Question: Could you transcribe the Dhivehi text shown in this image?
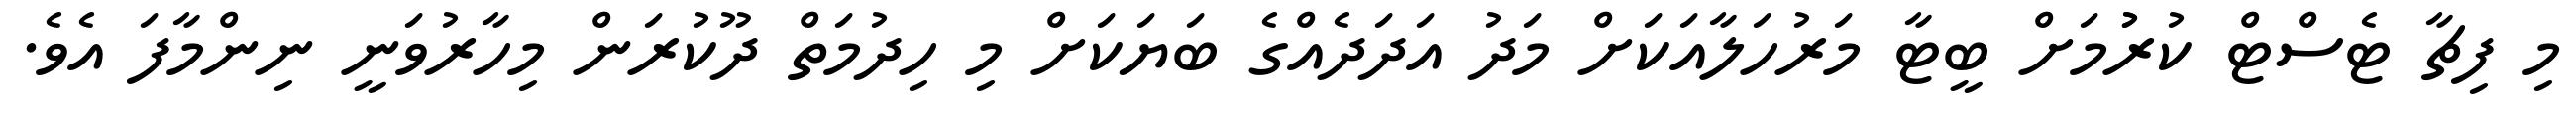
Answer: މި ފިޗާ ޓެސްޓް ކުރުުމަށް ބީޓާ މަރުހަލާއަކަށް މަދު އަދަދެއްގެ ބަޔަކަށް މި ހިދުމަތް ދޫކުރަން މިހާރުވަނީ ނިންމާފަ އެވެ.